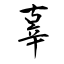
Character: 辜